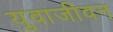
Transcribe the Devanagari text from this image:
युवाजीवन